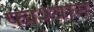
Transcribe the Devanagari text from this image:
फाश्यान